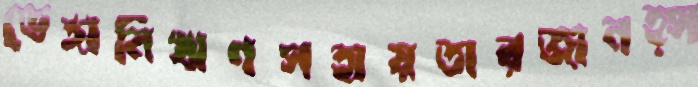
ভেঙ্গানিঋণসহায়তারজানহ্স